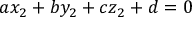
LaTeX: \, a x _ { 2 } + b y _ { 2 } + c z _ { 2 } + d = 0